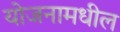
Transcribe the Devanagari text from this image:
योजनामधील